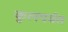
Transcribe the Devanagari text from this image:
कुलपर्वत